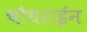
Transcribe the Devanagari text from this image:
चौधराईन